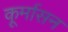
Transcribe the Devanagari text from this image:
कूर्मासन